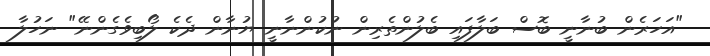
"އަހަރެން ބުނާނީ ބޮސް ބަލާފައި ބެލުންތެރިން ނުކުންނާނީ ޔުނާން ދެކެ ލޯބިވެގެންނޭ" ނަހުލާ